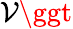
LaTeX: \mathcal{V}\ggt